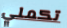
تكملي